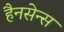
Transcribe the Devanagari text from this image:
हैनसेन्स